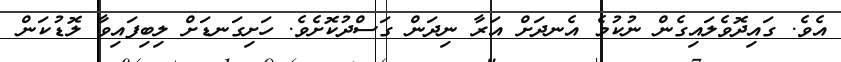
އެވެ. ގައިދޮވެލައިގެން ނުކުމެ އެނދަށް އަރާ ނިދަން ގަސްދުކޮށެވެ. ހަށިގަނޑަށް ލިބިފައިވާ ލޮޑުކަން